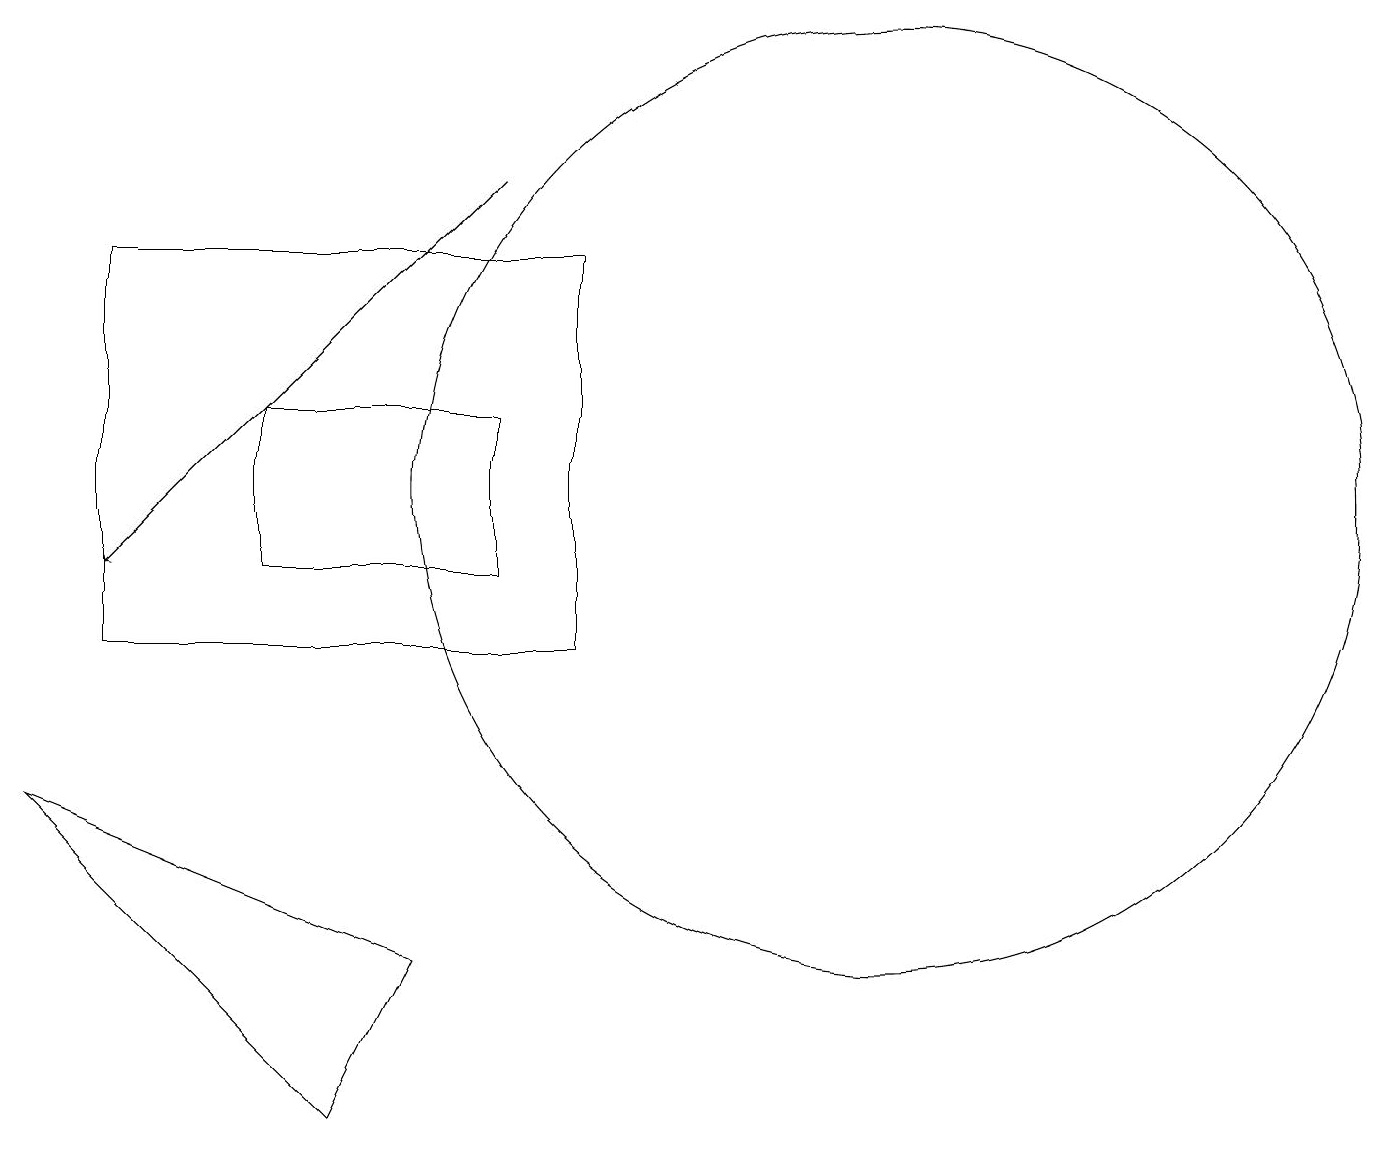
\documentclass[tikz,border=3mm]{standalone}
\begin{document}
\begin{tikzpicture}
\draw[->] (6,16) -- (1,11);
\draw (11,12) circle (6);
\draw (6,13) rectangle (3,11);
\draw (1,10) rectangle (7,15);
\draw (4,4) -- (0,8) -- (5,6) -- cycle;
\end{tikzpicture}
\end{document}